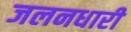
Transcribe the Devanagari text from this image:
जलनधारी